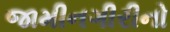
જામીનગીરીનો